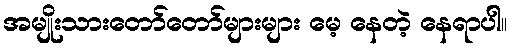
အမျိုးသားတော်တော်များများ မေ့ နေတဲ့ နေရာပါ။